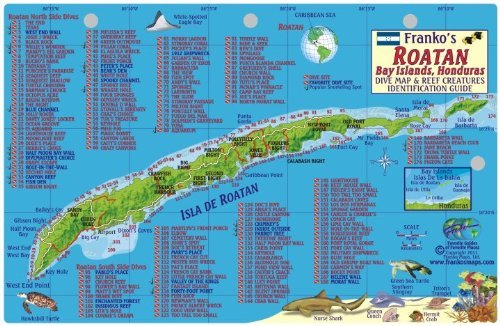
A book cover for By Franko Maps Ltd. Roatan Honduras Dive Map & Reef Creatures Guide - Laminated Fish Card; Travel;